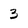
Character: 3